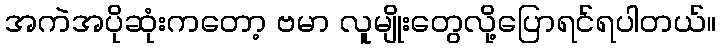
အကဲအပိုဆုံးကတော့ ဗမာ လူမျိုးတွေလို့ပြောရင်ရပါတယ်။